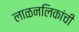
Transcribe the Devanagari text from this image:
लाळनलिकांची